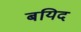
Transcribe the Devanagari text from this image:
बयिद